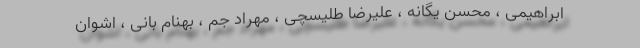
ابراهیمی ، محسن یگانه ، علیرضا طلیسچی ، مهراد جم ، بهنام بانی ، اشوان